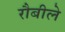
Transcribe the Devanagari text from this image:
रौबीले